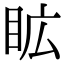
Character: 𭾦